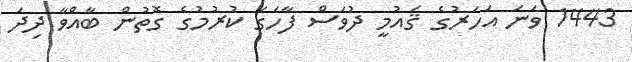
1443 ވަނަ އަހަރުގެ ޤައުމީ ދުވަސް ފާހަގަ ކުރުމުގެ ގޮތުން ބާއްވާ ދިދަ